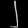
Digit: ၂